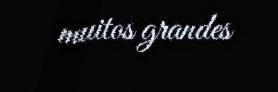
muitos grandes